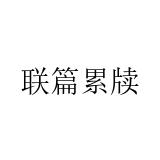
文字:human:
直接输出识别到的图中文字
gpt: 联篇累牍